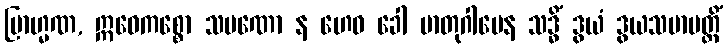
ဗြာဟ္မဏ, ဣဓေကစ္စော သမဏော န ဟေဝ ခေါ မာတုဂါမေန သဒ္ဓိံ ဒွယံ ဒွယသမာပတ္တိံ